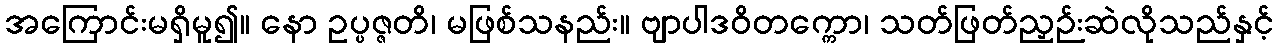
အကြောင်းမရှိမူ၍။ နော ဥပ္ပဇ္ဇတိ၊ မဖြစ်သနည်း။ ဗျာပါဒဝိတက္ကော၊ သတ်ဖြတ်ညှဉ်းဆဲလိုသည်နှင့်